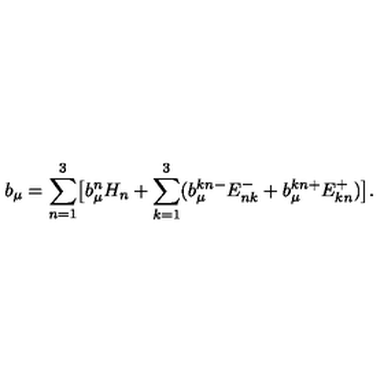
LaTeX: b _ { \mu } = \sum _ { n = 1 } ^ { 3 } \bigl [ b _ { \mu } ^ { n } H _ { n } + \sum _ { k = 1 } ^ { 3 } ( b _ { \mu } ^ { k n - } E _ { n k } ^ { - } + b _ { \mu } ^ { k n + } E _ { k n } ^ { + } ) \bigr ] .